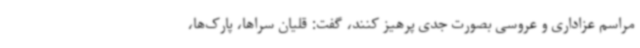
مراسم عزاداری و عروسی بصورت جدی پرهیز کنند، گفت: قلیان سراها، پارک‌ها،